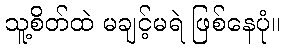
သူ့စိတ်ထဲ မချင့်မရဲ ဖြစ်နေပုံ။